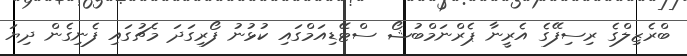
ބްރެޒިލްގެ ރިސިފޭގެ އެރީނާ ޕެރްނަމްބުޝޯ ސްޓޭޑިއަމްގައި ކުޅުނު ފޯރިގަދަ މެޗުގައި ފެނިގެން ދިޔަ